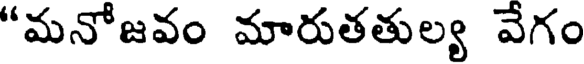
"మనోజవం మారుతతుల్య వేగం